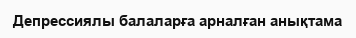
Депрессиялы балаларға арналған анықтама